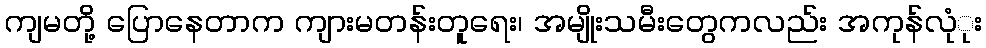
ကျမတို့ ပြောနေတာက ကျားမတန်းတူရေး၊ အမျိုးသမီးတွေကလည်း အကုန်လုံုး